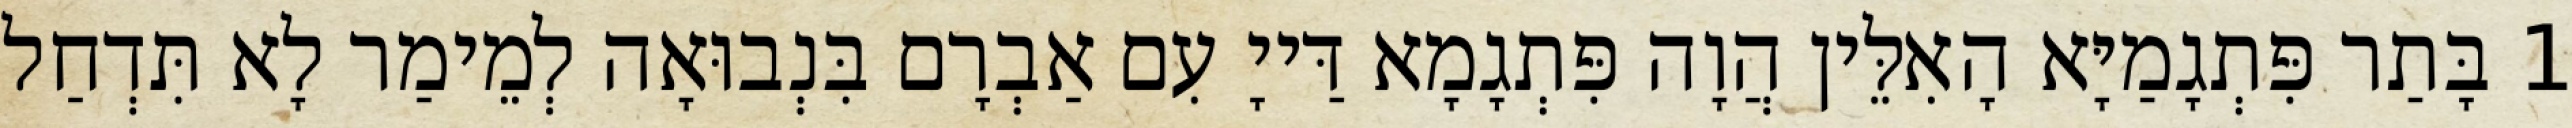
1 בָּתַר פִּתְגָמַיָּא הָאִלֵּין הֲוָה פִּתְגָמָא דַּייָ עִם אַבְרָם בִּנְבוּאָה לְמֵימַר לָא תִּדְחַל